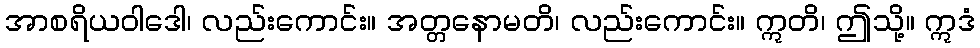
အာစရိယဝါဒေါ၊ လည်းကောင်း။ အတ္တနောမတိ၊ လည်းကောင်း။ ဣတိ၊ ဤသို့။ ဣဒံ